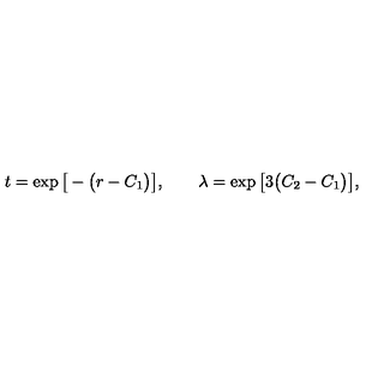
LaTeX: t = \exp \big [ - \big ( r - C _ { 1 } \big ) \big ] , \qquad \lambda = \exp \big [ 3 \big ( C _ { 2 } - C _ { 1 } \big ) \big ] ,